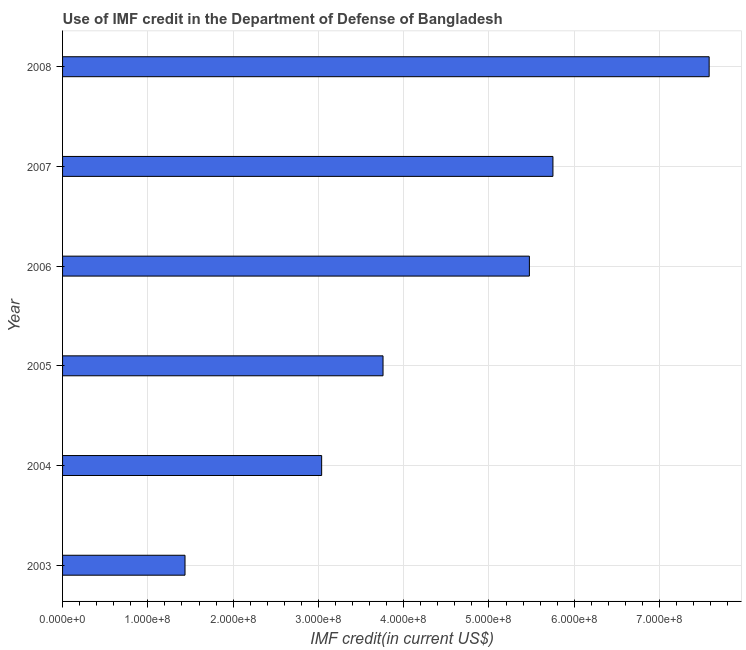
| Year | Use of IMF credit (DOD |
 | --- | --- |
 | 2003 | 1.44e+08 |
 | 2004 | 3.04e+08 |
 | 2005 | 3.76e+08 |
 | 2006 | 5.47e+08 |
 | 2007 | 5.75e+08 |
 | 2008 | 7.58e+08 |